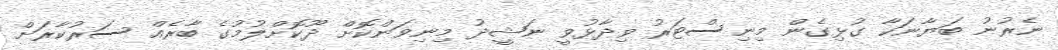
ނެރުނު ބަޔާނަކާ ގުޅިގެން މިނިސްޓަރު ވިދާޅުވީ ނަޝީދު މިނިވަންކޮށް ދޫކޮށްލުމުގެ ބާރެއް ސަރުކާރަށް